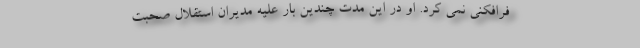
فرافکنی نمی کرد. او در این مدت چندین بار علیه مدیران استقلال صحبت